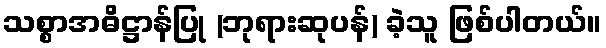
သစ္စာအဓိဋ္ဌာန်ပြု (ဘုရားဆုပန်) ခဲ့သူ ဖြစ်ပါတယ်။